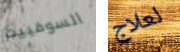
السوفييت لعلاج